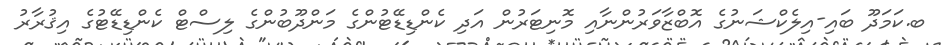
ބ.ކަމަދޫ ބައި-އިލެކްޝަނުގެ އޮބްޒާވަރުންނާއި މޮނިޓަރުން އަދި ކެންޑިޑޭޓުންގެ މަންދޫބުންގެ ލިސްޓް ކެންޑިޑޭޓުގެ އިޤުރާރު